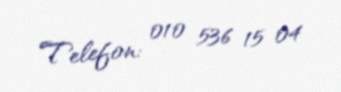
Telefon: 010 536 15 04